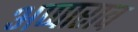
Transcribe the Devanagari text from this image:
अप्पाराव